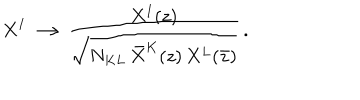
X ^ { I } \longrightarrow { \frac { X ^ { I } ( z ) } { \sqrt { N _ { K L } \, \bar { X } ^ { K } ( z ) \, X { } ^ { L } ( \bar { z } ) } } } \, .